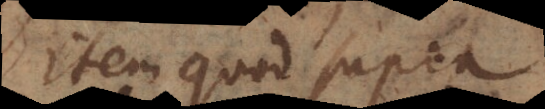
item quod supra